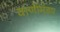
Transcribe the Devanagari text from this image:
वाणीमंडप